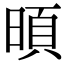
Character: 暊